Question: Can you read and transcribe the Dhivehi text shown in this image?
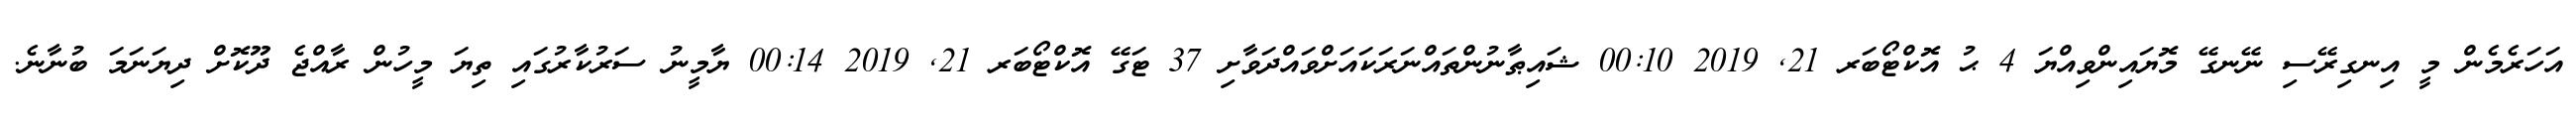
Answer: އަހަރެމެން މީ އިނގިރޭސި ނޭނގޭ މޮޔައިންވިއްޔަ 4 ޙު އޮކްޓޯބަރ 21, 2019 00:10 ޝައިޠާނުންތައްނަރަކައަށްވައްދަވާށި 37 ޓަގޭ އޮކްޓޯބަރ 21, 2019 00:14 ޔާމީނު ސަރުކާރުގައި ތިޔަ މީހުން ރާއްޖެ ދޫކޮށް ދިޔަނަމަ ބުނާނެ.